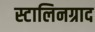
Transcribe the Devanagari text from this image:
स्टालिनग्राद